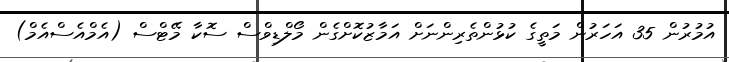
އުމުރުން 35 އަހަރުން މަތީގެ ކުޅުންތެރިންނަށް އަމާޒުކޮށްގެން މޯލްޑިވްސް ސޮކާ މޭޓްސް (އެމްއެސްއެމް)